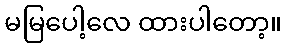
မမြပေါ့လေ ထားပါတော့။